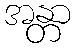
အန္တာ